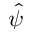
\hat { \psi }